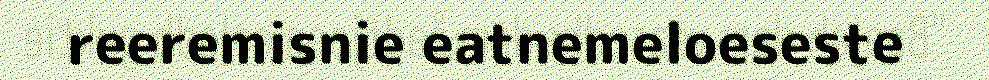
reeremisnie eatnemeloeseste